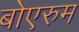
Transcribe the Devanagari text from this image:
बोएरुम